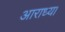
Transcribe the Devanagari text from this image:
आराध्य।